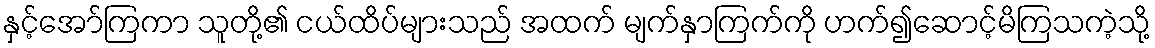
နှင့်အော်ကြကာ သူတို့၏ ငယ်ထိပ်များသည် အထက် မျက်နှာကြက်ကို ဟက်၍ဆောင့်မိကြသကဲ့သို့